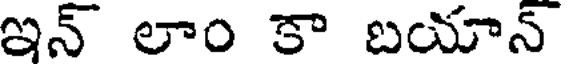
ఇన్ లాం కా బయాన్